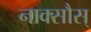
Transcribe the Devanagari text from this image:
नाक्सौस्